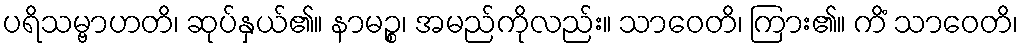
ပရိသမ္ဗာဟတိ၊ ဆုပ်နှယ်၏။ နာမဉ္စ၊ အမည်ကိုလည်း။ သာဝေတိ၊ ကြား၏။ ကိံ သာဝေတိ၊